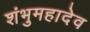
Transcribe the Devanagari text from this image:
शंभुमहादेव